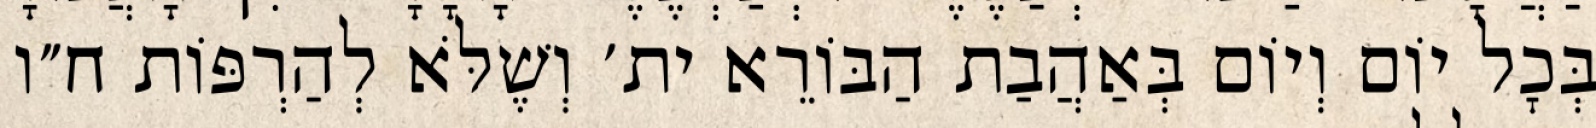
בְּכׇל יוֹם וְיוֹם בְּאַהֲבַת הַבּוֹרֵא ית׳ וְשֶׁלֹּא לְהַרְפּוֹת ח״ו